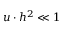
u \cdot h ^ { 2 } \ll 1